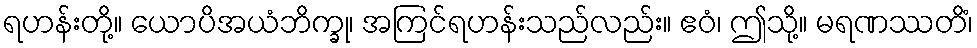
ရဟန်းတို့။ ယောပိအယံဘိက္ခု၊ အကြင်ရဟန်းသည်လည်း။ ဧဝံ၊ ဤသို့။ မရဏဿတိံ၊